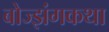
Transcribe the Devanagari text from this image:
बोज्झंगकथा